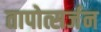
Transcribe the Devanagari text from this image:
तापोत्सर्जन